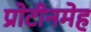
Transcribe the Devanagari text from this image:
प्रोटीनमेह